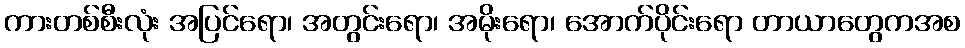
ကားတစ်စီးလုံး အပြင်ရော၊ အတွင်းရော၊ အမိုးရော၊ အောက်ပိုင်းရော တာယာတွေကအစ